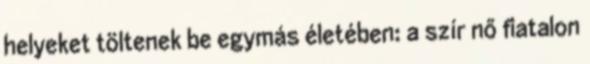
helyeket töltenek be egymás életében: a szír nő fiatalon